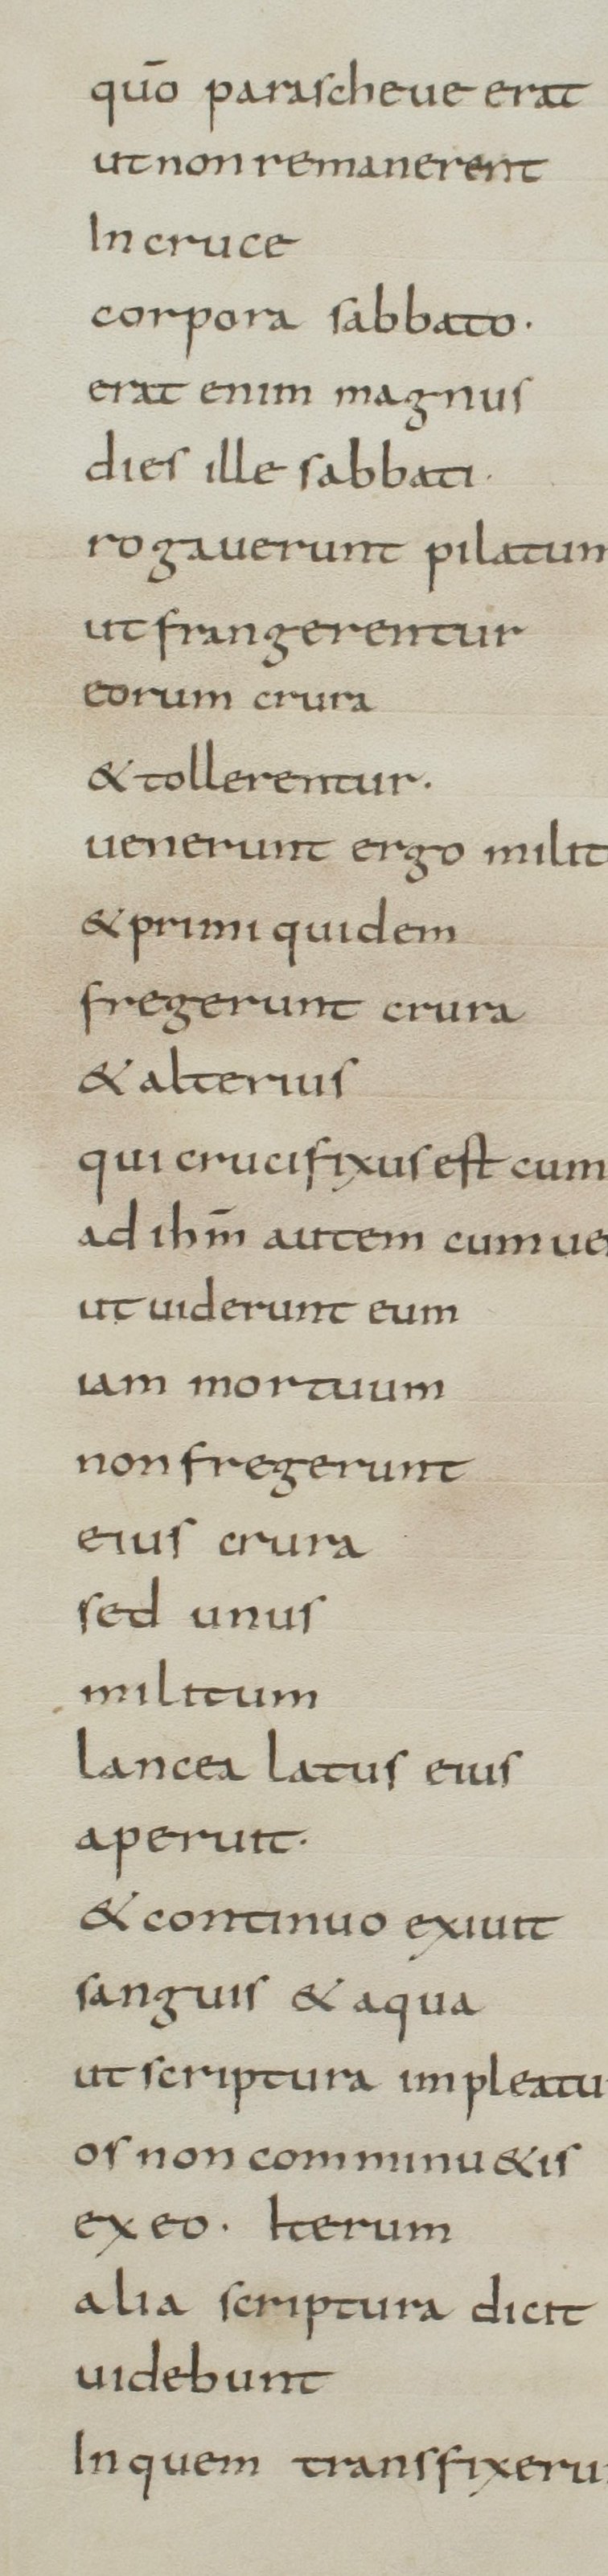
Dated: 800–849